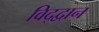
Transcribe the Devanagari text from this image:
विद्द्वान